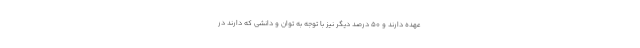
عهده دارند و ۵۰ درصد دیگر نیز با توجه به توان و دانشی که دارند در